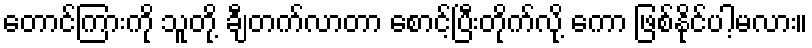
တောင်ကြားကို သူတို့ ချီတက်လာတာ စောင့်ပြီးတိုက်လို့ ကော ဖြစ်နိုင်ပါ့မလား။